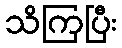
သိကြပြီး